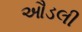
ઔડલી